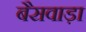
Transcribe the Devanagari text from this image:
बैसवाड़ा